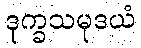
ဒုက္ခသမုဒယံ